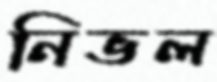
নিভল